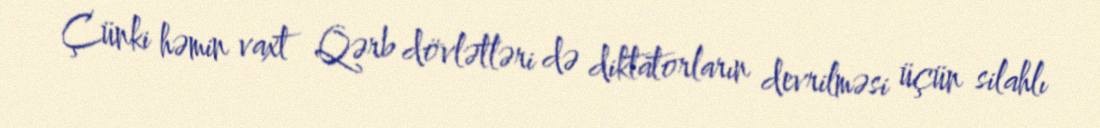
Çünki həmin vaxt Qərb dövlətləri də diktatorların devrilməsi üçün silahlı